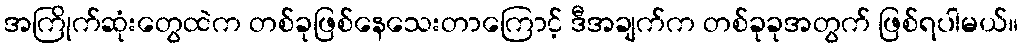
အကြိုက်ဆုံးတွေထဲက တစ်ခုဖြစ်နေသေးတာကြောင့် ဒီအချက်က တစ်ခုခုအတွက် ဖြစ်ရပါမယ်။